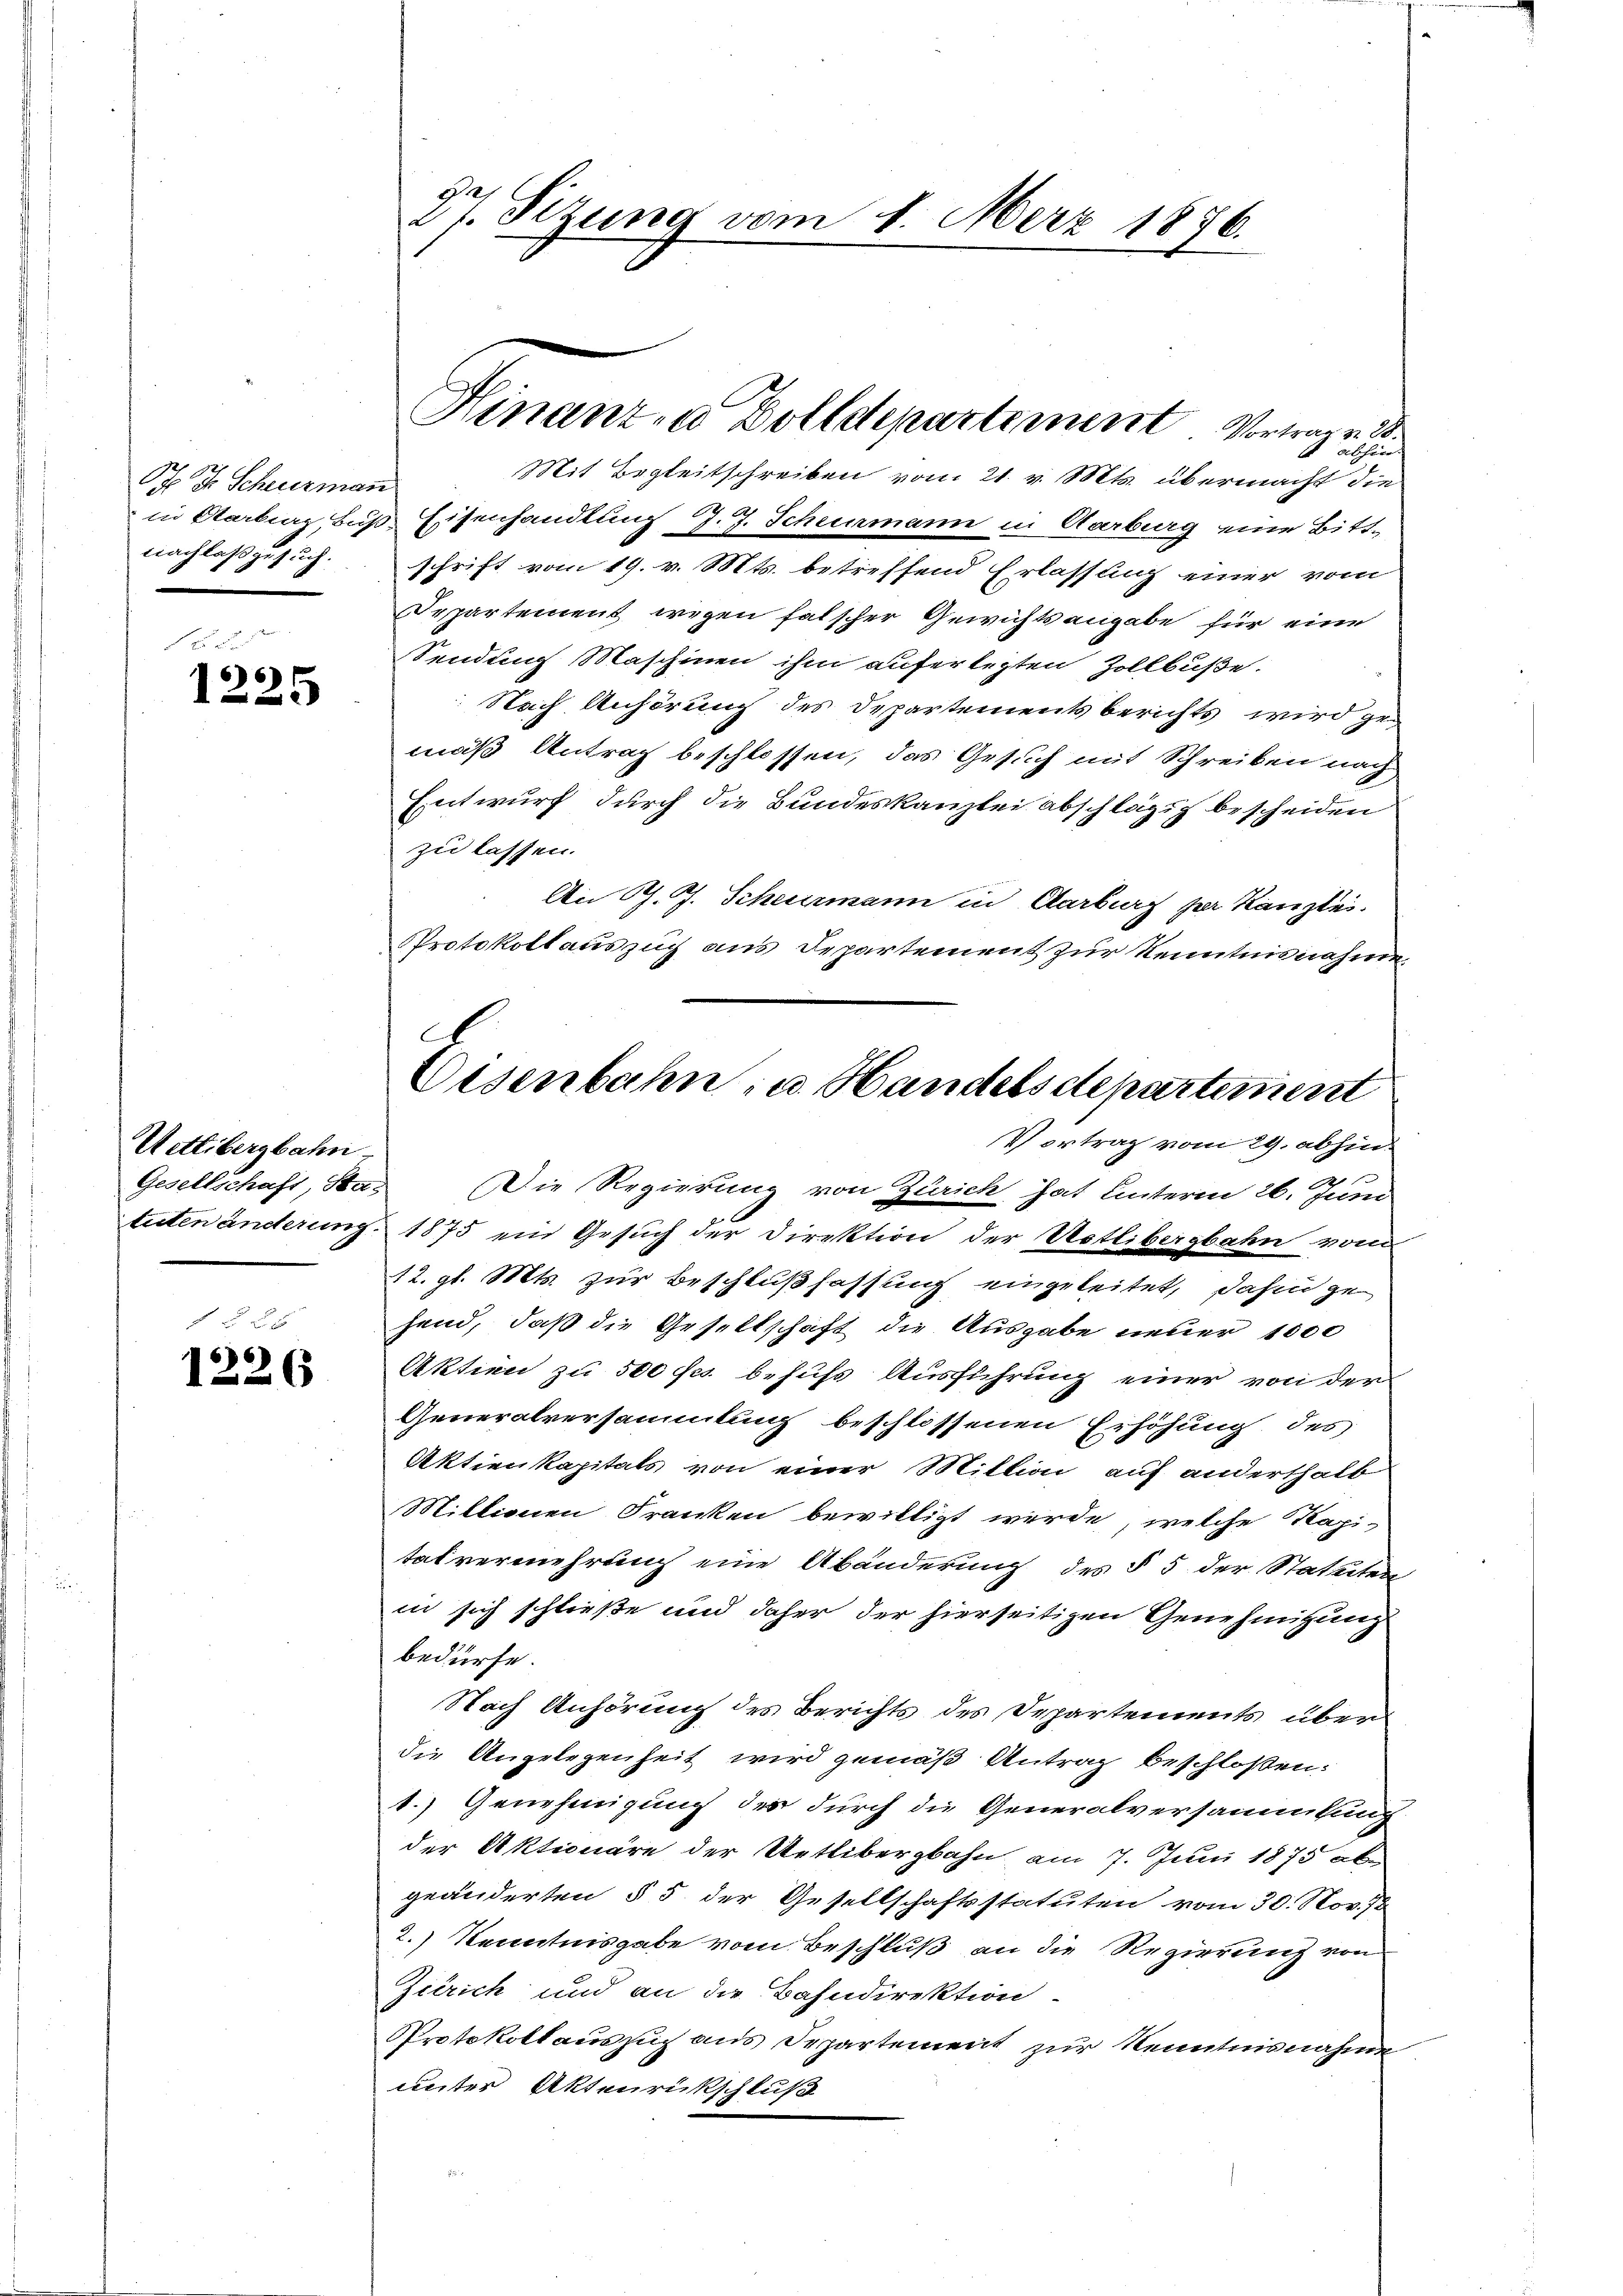
P. F. Scheuerman
nachlaß gesuch.

12 x
6)6)
3

abhin
Mit Begleitschreiben vom 21. v. Mts. übermacht die
in Starbiar Bus Eisenhandlung J. J. Schenmann in Aarburg eine Bittschrift vom 19. v. Mts. betreffend Erlassung einer vom
Separtement wegen falscher Gewichtsangabe für eine
Sendung Maschinen ihm auferlegten Zollbuße.
Nach Anhörung des Departements berichts wird gemäß Antrag beschlossen, das Gesuch mit Schreiben nach
Entwurf durch die Bundeskanzlei abschlägig bescheiden
zu lassen.
An G. J. Scheurmann in Aarburg per Kanzlei.
Protokollauszug aus Departement zur Kenntnisnahme,
Vortrag vom 29. abhin
e
Gesellschaft, Stas Die Regierung von Zürich hat unterm 26. Juni
teten änderung 1875 ein Gesuch der Direktion der Uetlibergbahn von
12. gl. Mts. zur Beschlußfassung eingeleitet, dahin zu
hend, daß die Gesellschaft die Ausgabe neuer 1000
Aktien zu 500 frs. behufs Ausführung einer von der
Generalversammlung beschlossenen Erhöhung des
Aktienkapitals von einer Million auf anderthalb
Miltionen Franken bewilligt werde, welche Kapi-
tat vermehrung eine Abänderung des § 5 der Statuten
in sich schließe und daher der hierseitigen Genehmigung
bedürfe.
Nach Anhörung des Berichts des Departements über
die Angelegenheit wird gemäß Antrag beschloßen:
1.) Genehmigung des durch die Generalversammlung
der Aktionäre der Uetlibergbahn am 7. Juni 1875 abe
geänderten § 5 der Gesellschaftsstatuten vom 30. Nov. 12
2.) Kenntnisgabe vom Beschluß an die Regierung von
Zürich und an die Bahndirektion
Protokollauszug aus Departement zur Kenntnisnahmeunter Aktenrückschluß

Wettibergbahn.

f § 25
1226

S
27. Sizung vom 1. März 1876.

Hinanz- u Dolldepartement Vortrag v. 28.

C
Eisenbahn in Handelsdepartement